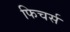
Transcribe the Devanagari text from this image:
फिचर्स